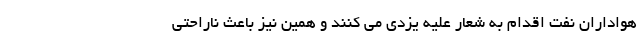
هواداران نفت اقدام به شعار علیه یزدی می کنند و همین نیز باعث ناراحتی